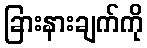
ခြားနားချက်ကို